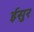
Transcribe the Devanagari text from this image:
ईसुर